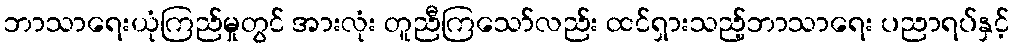
ဘာသာရေးယုံကြည်မှုတွင် အားလုံး တူညီကြသော်လည်း ထင်ရှားသည့်ဘာသာရေး ပညာရပ်နှင့်